Leaving Certificate Examination, 1907
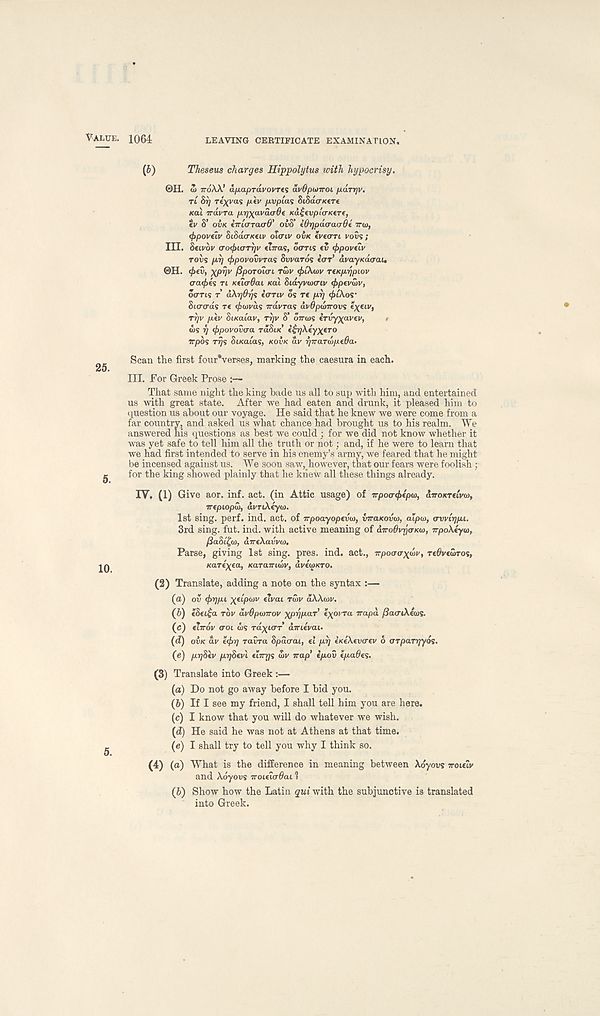
VALUE. 1064
LEAVING CERTIFICATE EXAMINATION.
5.
10.
(6)
Theseus charges Hippolytus with hypocrisy.
©H. 5 TTOAA’ afiapravovTH avOpuiiroi paryv.
TL Sr] T*xvas piv pvpias StSacrxere
/cat -irdvra py^avdadi Ka£evpicn<eT(,
ev S’ OVK erricrTOLCrO' ovS’ iOrjpdcracrde TTCO,
<f>poveLV StSacr/ceiv otcriv OUK tvecrri vovs;
III. Setvov (TotfriaTrjv eirras, oar is ev <f>povii.v
robs pi] (jrpovovvras Swards eo-r’ av ay Kauai,
©H. ^>£v, XPV V fiporoiui Tmv tfiCKutv TtKprjpiov
aa<f>es n KtiaOai ual Sidyvioaiv <f>pevwv,
oar is T aXrjdrjs ianv ds re pi) <f}(\os'
Siaads re (piavds irdvras dvOpdirovs ex €LV >
Tyv piv Sucatav, r^v S’ OTTWS erdy^avev,
<
ws v <f>povovaa raSt/c’ i£r]\tyxtTo
irpbs rrjs St Katas, KOVK dv rjirardpeBa-
Scan the first four*verses, marking the caesura in each.
III. For Greek Prose :—
That same night the king bade us all to sup with him, and entertained
us with great state. After we had eaten and drunk, it pleased him to
question us about our voyage. He said that he knew we were come from a
far country, and asked us what chance had brought us to his realm. We
answered his questions as best we could ; for we did not know whether it
was yet safe to tell him all the truth or not; and, if he were to learn that
we had first intended to serve in his enemy’s army, we feared that he might
be incensed against us. We soon saw, however, that our fears were foolish ;
for the king showed plainly that he knew all these things already.
IV. (1) Give aor. inf. act. (in Attic usage) of irpoa^ipw, dvoKTtiva),
mpLopd), dvrikeyio.
1st sing. perf. ind. act. of rrpoayopfxno, inraKovto, atpw, avvirjpi.
3rd sing. fut. ind. with active meaning of dirodvrjaKiD, rrpo\iyu>t
(3a&(£u>, arreXavvo).
Parse, giving 1st sing. pres. ind. act., irpoaaxdr, re&vtwros,
Kareva, Karairidv, dveWro.
(2) Translate, adding a note on the syntax :—
(а) ov (jrrjpi xtipiov elvai TGJV dAX<w.
(б) e8ei£a rbv avOpunrov xprjpar 1 eyoi'ra rrapd /JacrtXeous.
(c) cirrdv aoi ws rdyicrr’ aTrievai.
(d) OVK dv €<f)7] ravra Spdaai, el pi] eKeXevaev 6 orparyyos.
(e) prjSev prjSevl ehrgs S>v irap’ epov epa6es.
(3) Translate into Greek :—
(a) Do not go away before I hid you.
(6) If I see my friend, I shall tell him you are here.
(c) I know that you will do whatever we wish.
(d) He said he was not at Athens at that time.
(e) I shall try to tell you why I think so.
(4)
(a) What is the diffe
and Xdyovs rroieiuOai 1
(b) Show how the Latin gui with the subjunctive is translated
into Greek.